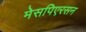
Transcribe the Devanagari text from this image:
मेसपिएरसन